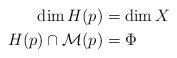
LaTeX: \begin{align*} \dim H(p) &= \dim X\\ H(p) \cap \mathcal{M}(p) &= \Phi\end{align*}